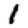
Digit: 1